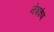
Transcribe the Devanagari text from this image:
नेत्रकंप